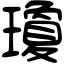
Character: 瓊